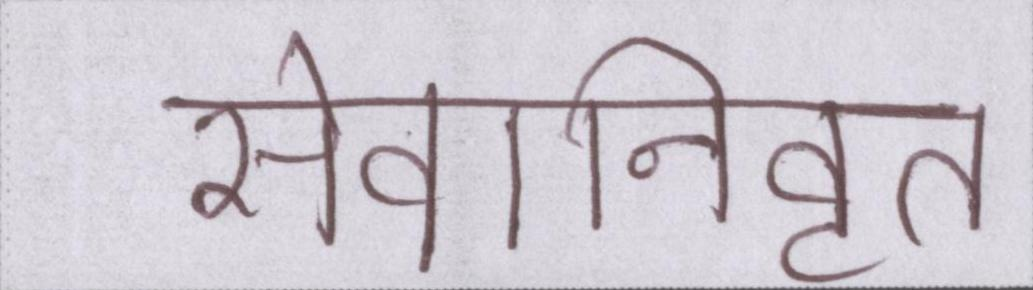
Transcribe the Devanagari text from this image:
सेवानिवृत्त